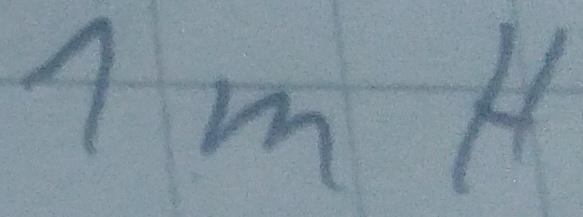
Text: 1mH